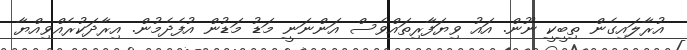
އުރާލައިގެން ތިބީކީ ނޫން. އައު ވިޔަފާރިތައްވެސް އަންނަނީ މަޑު މަޑުން އުފެދެމުން. އިރާދަކުރެއްވިއްޔާ